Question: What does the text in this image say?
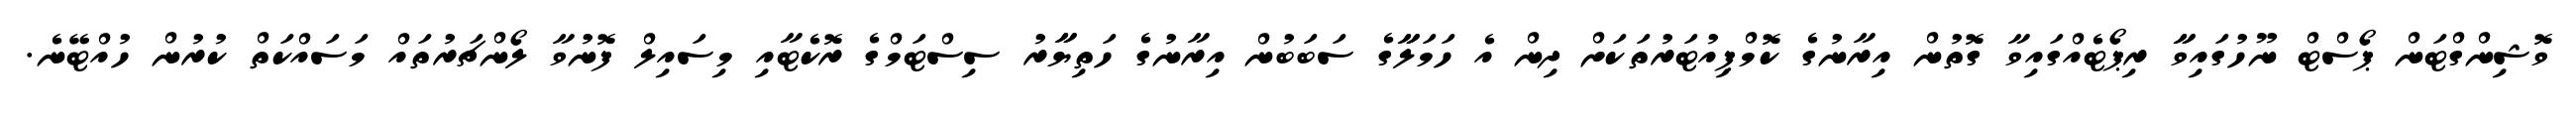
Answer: ވޮޝިންގްޓަން ޕޯސްޓް ނޫހުގައިވާާ ރިޕޯޓެއްގައިވާ ގޮތުން އިރާނުގެ ކޮމްޕިއުޓަރުތަކަށް ދިން އެ ހަމަލާާގެ ސަބަބުން އިރާނުގެ ހަތިޔާާރު ސިސްޓަމްގެ ރޮކެޓާއި މިސައިލް ފޮނުވާ ލޯންޗަރުތައް މަސައްކަތް ކުރުން ހުއްޓޭނެ.